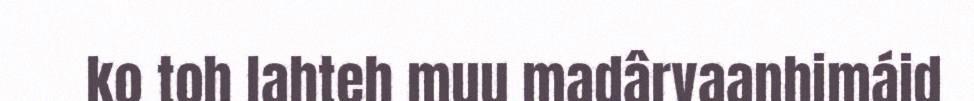
ko toh lahteh muu madârvaanhimáid